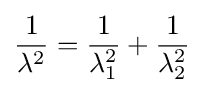
{\frac {1}{\lambda ^{2}}}={\frac {1}{\lambda _{1}^{2}}}+{\frac {1}{\lambda _{2}^{2}}}